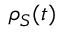
{ \rho } _ { S } ( t )